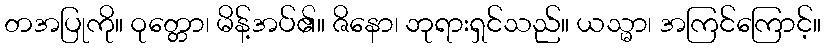
တအပြုကို။ ဝုတ္တော၊ မိန့်အပ်၏။ ဇိနော၊ ဘုရားရှင်သည်။ ယသ္မာ၊ အကြင်ကြောင့်။